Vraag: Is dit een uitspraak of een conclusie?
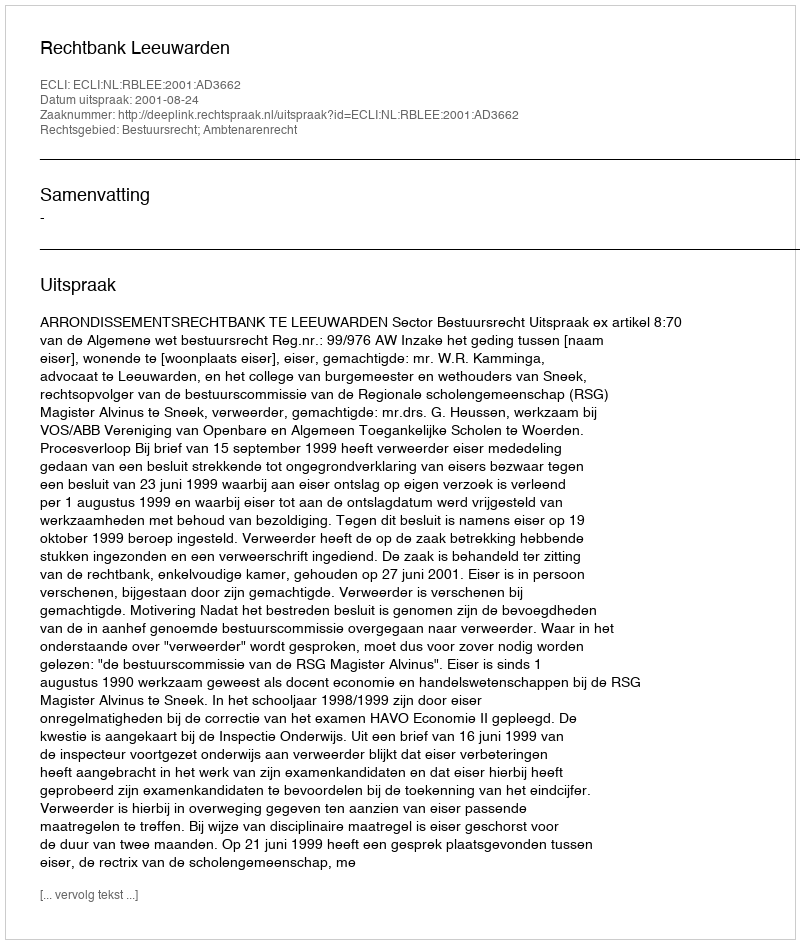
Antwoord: Uitspraak